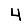
Digit: 4